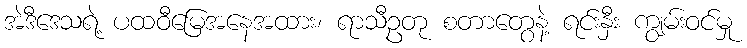
အဲဒီဒေသရဲ့ ပထဝီမြေအနေအထား၊ ရာသီဥတု စတာတွေနဲ့ ရင်းနှီး ကျွမ်းဝင်မှု